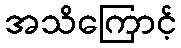
အသိကြောင့်